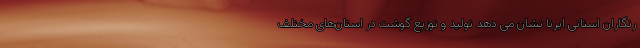
رنگاران استانی ایرنا نشان می دهد تولید و توزیع گوشت در استان‌های مختلف